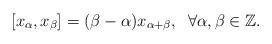
LaTeX: \begin{align*}[x_{\alpha}, x_{\beta}]=(\beta-\alpha)x_{\alpha+\beta},\;\;\forall \alpha,\beta\in \mathbb Z.\end{align*}